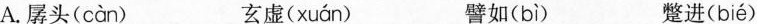
A.孱头( càn ) 玄虚( xuán ) 譬如( bì ) 整进( bié )